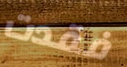
فقدت